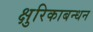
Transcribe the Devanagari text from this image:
क्षुरिकाबन्धन